Problem: 12 × 10 = ?
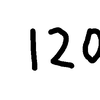
Handwritten answer: 120